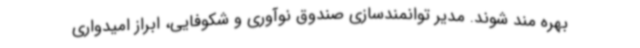
بهره مند شوند. مدیر توانمندسازی صندوق نوآوری و شکوفایی، ابراز امیدواری